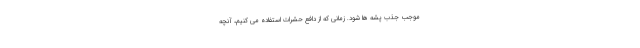
موجب جذب پشه ها شود. زمانی که از دافع حشرات استفاده می کنیم، آنچه